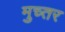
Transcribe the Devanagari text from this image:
मुच्तर